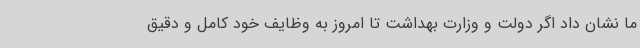
ما نشان داد اگر دولت و وزارت بهداشت تا امروز به وظایف خود کامل و دقیق